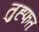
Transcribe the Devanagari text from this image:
तुह्फत